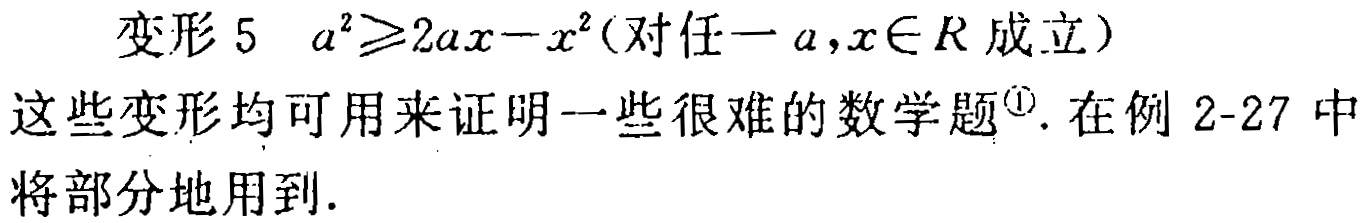
变形 5 \(a^{2}\geqslant 2ax - x^{2}\)（对任一 \(a,x\in R\) 成立）
这些变形均可用来证明一些很难的数学题\(^{\textcircled{1}}\). 在例 2 - 27 中将部分地用到.